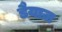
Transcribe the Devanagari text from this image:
डैयाज़